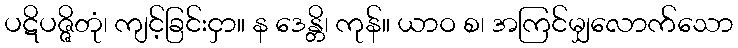
ပဋိပဇ္ဇိတုံ၊ ကျင့်ခြင်းငှာ။ န ဒေန္တိ၊ ကုန်။ ယာဝ စ၊ အကြင်မျှလောက်သော